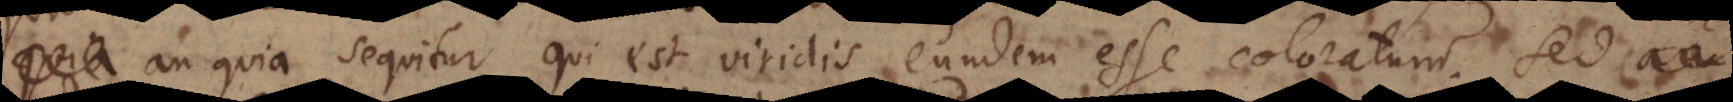
An quia sequitur qui est viridis, eundem esse coloratum? Sed